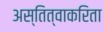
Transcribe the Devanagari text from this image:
अस्तित्वाकरिता